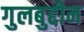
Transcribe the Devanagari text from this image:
गुलबुद्दीन